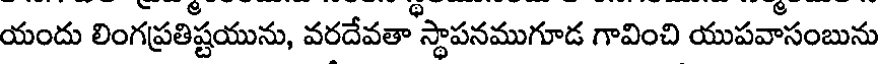
యందు లింగప్రతిష్టయును, వరదేవతా స్థాపనముగూడ గావించి యుపవాసంబును